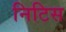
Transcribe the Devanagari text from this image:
निटिस